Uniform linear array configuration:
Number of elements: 32
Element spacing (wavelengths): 0.5
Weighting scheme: kaiser
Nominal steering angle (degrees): -30
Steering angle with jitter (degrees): -29.839
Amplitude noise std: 0.05
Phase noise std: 0.05

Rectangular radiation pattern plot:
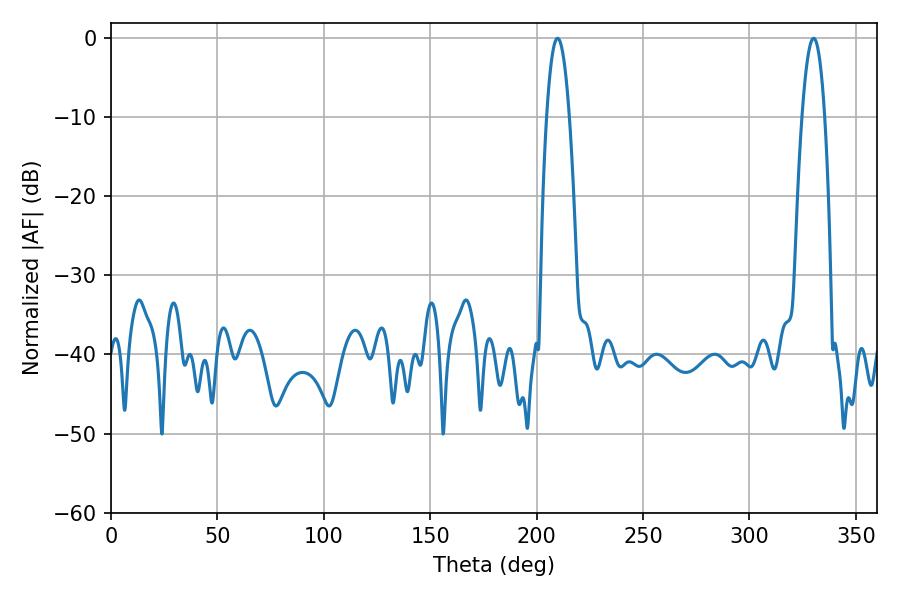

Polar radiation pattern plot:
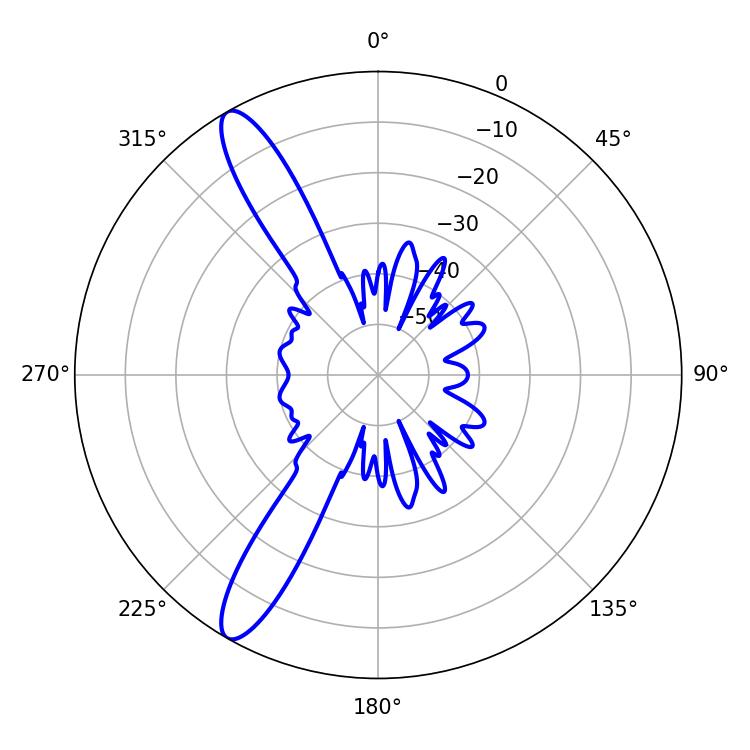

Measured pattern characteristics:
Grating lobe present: FALSE
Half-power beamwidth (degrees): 5.76
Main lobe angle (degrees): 330.12